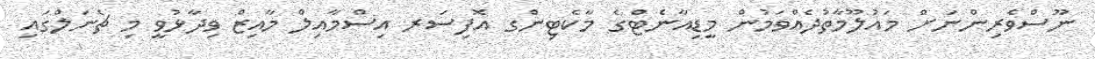
ނޫސްވެރިންނަށް މައުލޫމާތުދެއްވަމުން މީޑިއާނެޓްގެ މާކެޓިންގ އޮފިސަރ އިސްމާއިލް މާއިޒް ވިދާޅުވީ މި ޗެނަލްގައި